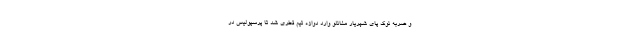
و ضربه نوک پای شهریار مغانلو وارد دوازه تیم قطری شد تا پرسپولیس در